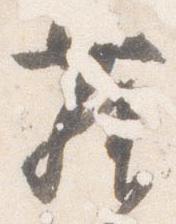
舞